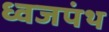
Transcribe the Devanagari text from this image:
ध्वजपंथ